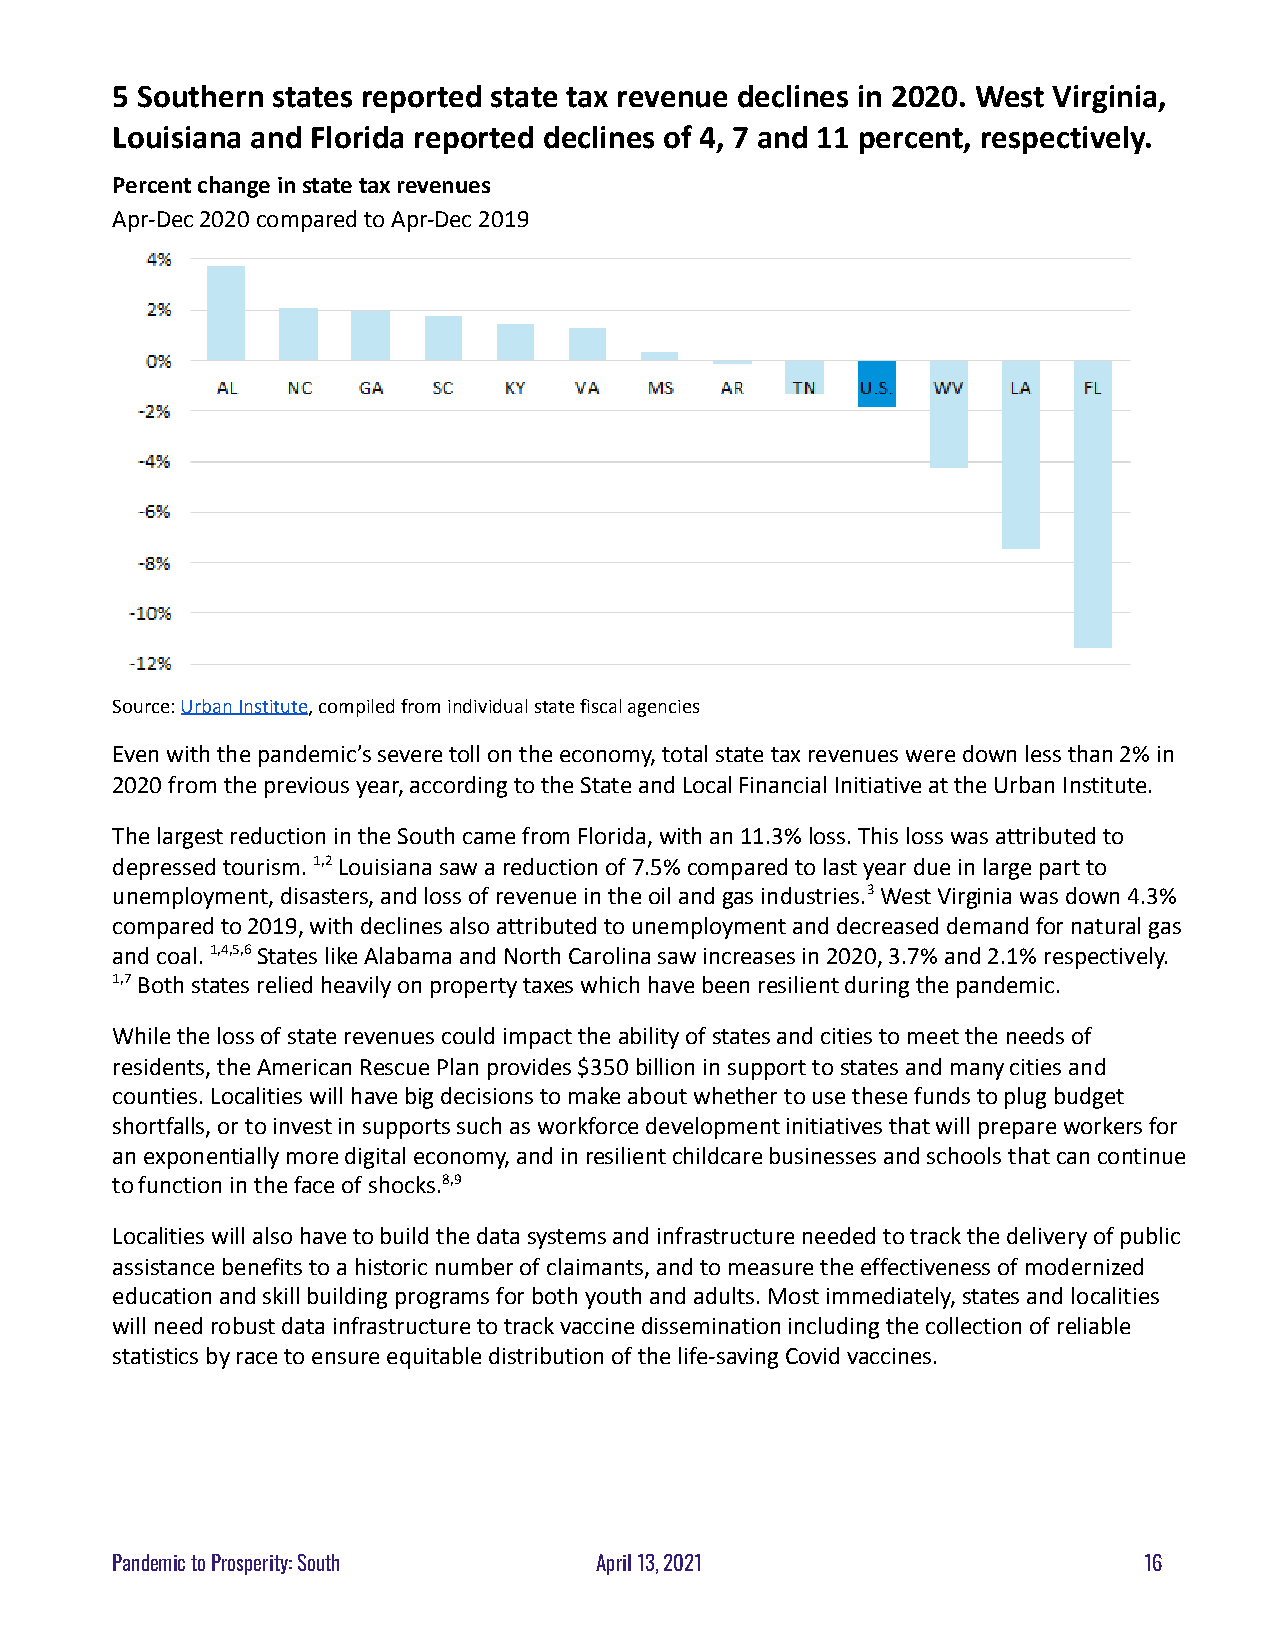
5 Southern states reported state tax revenue declines in 2020. West Virginia,
 Louisiana and Florida reported declines of 4, 7 and 11 percent, respectively.
 Percent change in state tax revenues
 Apr-Dec 2020 compared to Apr-Dec 2019
 Source:Urban Institute, compiled from individualstate fiscal agencies
 Even with the pandemic’s severe toll on the economy,total state tax revenues were down less than 2% in
 2020 from the previous year, according to the Stateand Local Financial Initiative at the Urban Institute.
 The largest reduction in the South came from Florida,with an 11.3% loss. This loss was attributed to
 depressed tourism.1,2Louisiana saw a reduction of7.5% compared to last year due in large part to
 unemployment, disasters, and loss of revenue in theoil and gas industries.3West Virginia was down 4.3%
 compared to 2019, with declines also attributed tounemployment and decreased demand for natural gas
 and coal.1,4,5,6States like Alabama and North Carolinasaw increases in 2020, 3.7% and 2.1% respectively.
 1,7Both states relied heavily on property taxes whichhave been resilient during the pandemic.
 While the loss of state revenues could impact theability of states and cities to meet the needs of
 residents, the American Rescue Plan provides $350billion in support to states and many cities and
 counties. Localities will have big decisions to makeabout whether to use these funds to plug budget
 shortfalls, or to invest in supports such as workforcedevelopment initiatives that will prepare workersfor
 an exponentially more digital economy, and in resilientchildcare businesses and schools that can continue
 to function in the face of shocks.8,9
 Localities will also have to build the data systemsand infrastructure needed to track the delivery ofpublic
 assistance benefits to a historic number of claimants,and to measure the effectiveness of modernized
 education and skill building programs for both youthand adults. Most immediately, states and localities
 will need robust data infrastructure to track vaccinedissemination including the collection of reliable
 statistics by race to ensure equitable distributionof the life-saving Covid vaccines.
 Pandemic to Prosperity: South   April 13, 2021                       16